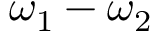
\omega _ { 1 } - \omega _ { 2 }